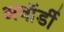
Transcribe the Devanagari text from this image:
अवॉर्डी